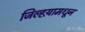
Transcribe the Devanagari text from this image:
जिल्हय़ामधून